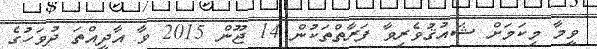
ވީމާ މިކަމަށް ޝައުޤުވެރިވާ ފަރާތްތަކުން 14 ޖޫން 2015 ވާ އާދީއްތަ ދުވަހުގެ